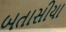
બતાસીયા